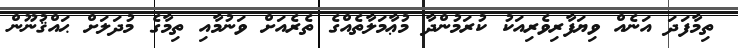
ތިމާފަދަ އަނެއް ވިޔަފާރިވެރިއަކު ކުރަމުންދާ މުޢާމަލާތެއްގެ ތެރެއަށް ވަނުމާއި ތިމާގެ މުދަލަށް ޙައްޤުނޫން